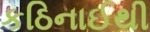
કઠિનાઈથી